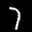
Label: 7